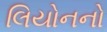
લિયોનનો